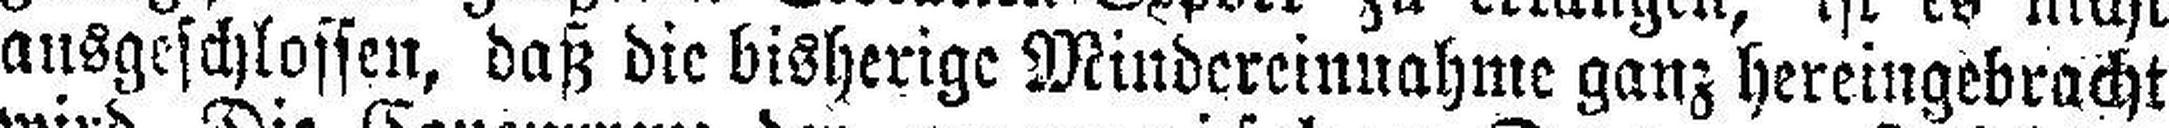
ausgeschlossen, daß die bisherige Mindereinnahme ganz hereingebracht